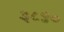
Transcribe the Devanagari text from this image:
३८४०